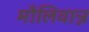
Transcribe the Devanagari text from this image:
मौलिवान्न